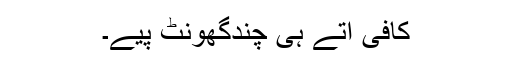
کافی آتے ہی چندگھونٹ پیے۔